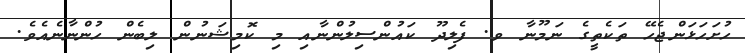
ހުށަހަޅަންޖެހޭ ތަކެތީގެ ނަމޫނާ ވ. ފެލިދޫ ކައުންސިލުންނާއި މި ކޮމިޝަނުން ލިބެން ހުންނާނެއެވެ.